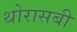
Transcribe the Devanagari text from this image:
थोरासबी